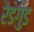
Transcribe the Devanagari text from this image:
रैडगुंड